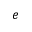
e